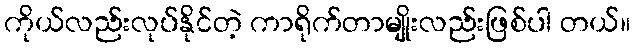
ကိုယ်လည်းလုပ်နိုင်တဲ့ ကာရိုက်တာမျိုးလည်းဖြစ်ပါ တယ်။